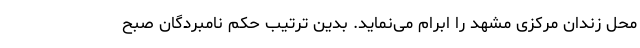
محل زندان مرکزی مشهد را ابرام می‌نماید. بدین ترتیب حکم نامبردگان صبح